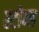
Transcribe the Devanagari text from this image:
स्टोब्ल